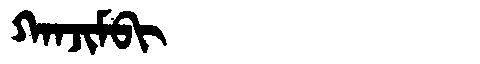
Manchu: ᡴᠠᠨᠵᡳᠮᠪᡳ
Romanization: KANJIMBI